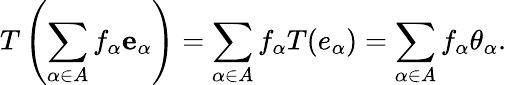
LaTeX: T\left(\sum_{\alpha\in A}f_{\alpha}\mathbf{e}_{\alpha}\right)=\sum_{\alpha\in A}f_{\alpha}T(e_{\alpha})=\sum_{\alpha\in A}f_{\alpha}\theta_{\alpha}.